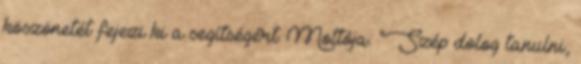
köszönetét fejezi ki a segítségért. Mottója: "Szép dolog tanulni,